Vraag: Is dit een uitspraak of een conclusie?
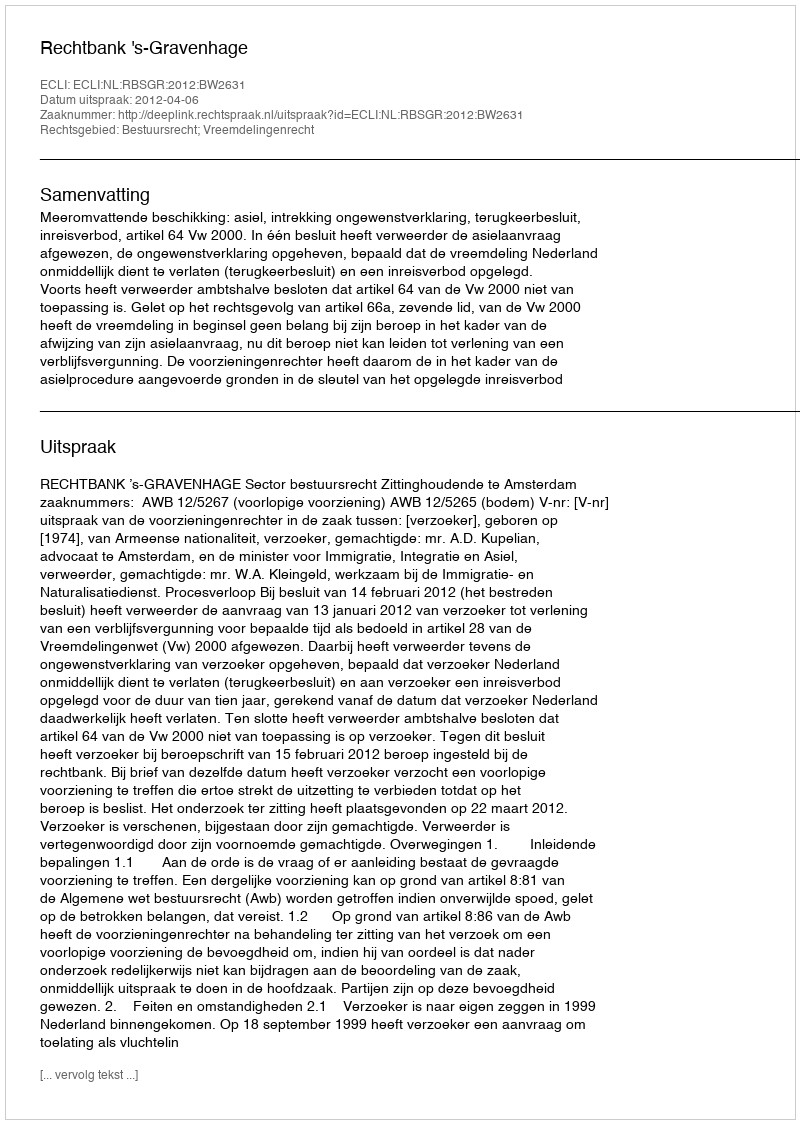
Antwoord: Uitspraak